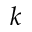
k